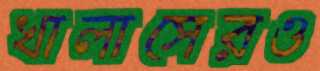
খালাসেরও